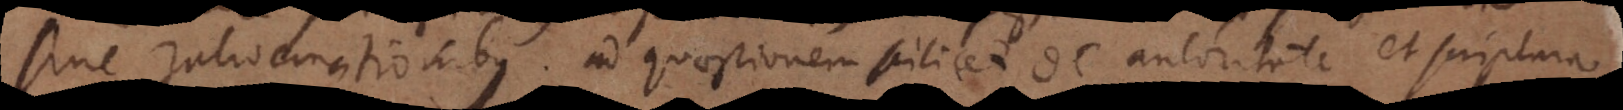
sine ratiocinationibus ad quaestionem scilicet de autoritate et scriptura